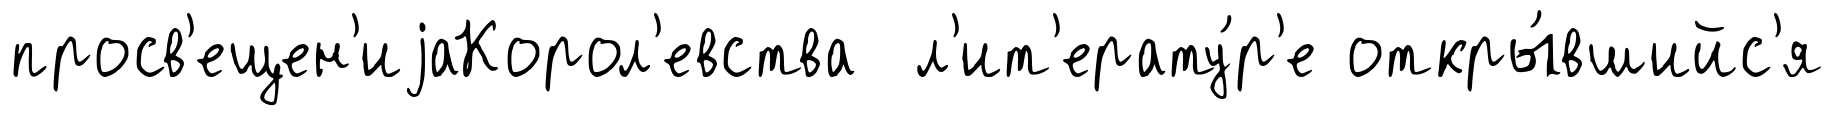
просв'ещен'иjаКорол'евства л'ит'ерату́р'е откры́вшийс'я